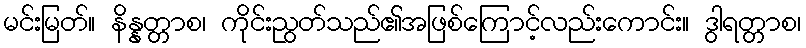
မင်းမြတ်။ နိန္နတ္တာစ၊ ကိုင်းညွတ်သည်၏အဖြစ်ကြောင့်လည်းကောင်း။ ဒွါရတ္တာစ၊